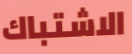
الاشتباك